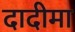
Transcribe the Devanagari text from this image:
दादीमा